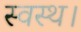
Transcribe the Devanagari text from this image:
स्वस्थ।